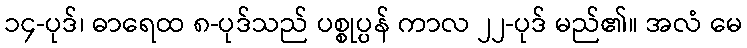
၁၄-ပုဒ်၊ ဓာရေထ ၈-ပုဒ်သည် ပစ္စုပ္ပန် ကာလ ၂၂-ပုဒ် မည်၏။ အလံ မေ